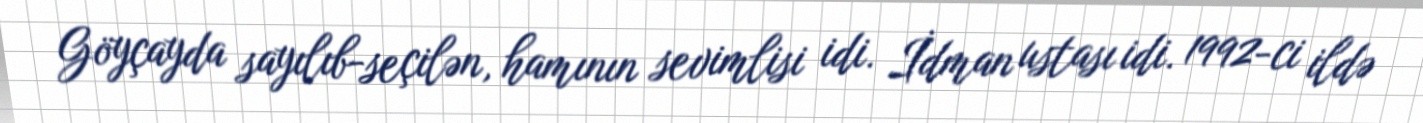
Göyçayda sayılıb-seçilən, hamının sevimlisi idi. İdman ustası idi. 1992-ci ildə